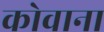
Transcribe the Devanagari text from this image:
कोवाना